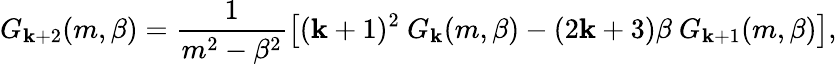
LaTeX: G_{\mathbf{k}+2}(m,\beta)=\frac{{1}}{{m^{2}-\beta^{2}}}\left[(\mathbf{k}+1)^{2}\ G_{\mathbf{k}}(m,\beta)-(2\mathbf{k}+3)\beta\ G_{\mathbf{k}+1}(m,\beta)\right],